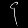
Digit: ၄